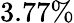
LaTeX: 3.77\%